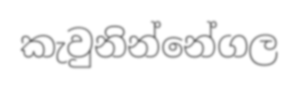
කැවුනින්නේගල